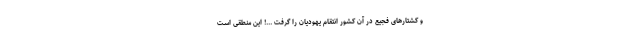
و کشتارهای فجیع در آن کشور انتقام یهودیان را گرفت ...! این منطقی است